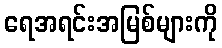
ရေအရင်းအမြစ်များကို